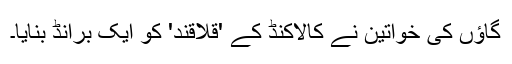
گاؤں کی خواتین نے كالاكنڈ کے 'قلاقند' کو ایک برانڈ بنایا۔